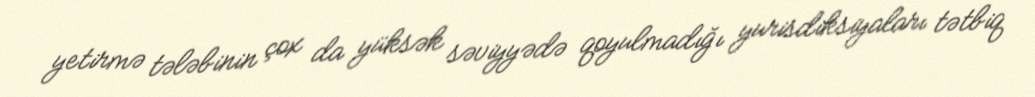
yetirmə tələbinin çox da yüksək səviyyədə qoyulmadığı yurisdiksiyaları tətbiq